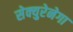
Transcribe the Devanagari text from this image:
सेक्युरेनेगा